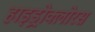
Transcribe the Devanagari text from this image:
हाइड्रोक्लोरस